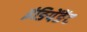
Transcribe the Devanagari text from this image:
इंङिपेंङेंट